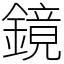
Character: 鏡